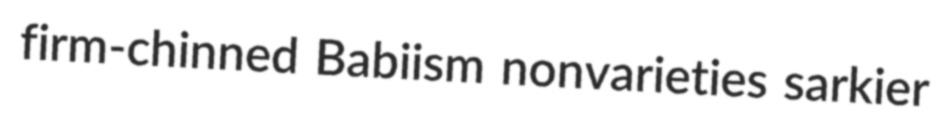
firm-chinned Babiism nonvarieties sarkier